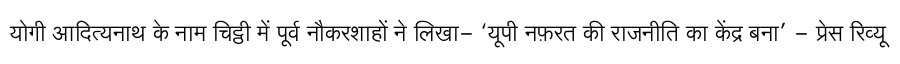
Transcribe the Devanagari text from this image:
योगी आदित्यनाथ के नाम चिट्ठी में पूर्व नौकरशाहों ने लिखा- ‘यूपी नफ़रत की राजनीति का केंद्र बना’ - प्रेस रिव्यू